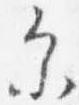
参